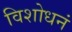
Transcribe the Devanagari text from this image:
विशोधनं